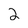
Character: 2